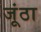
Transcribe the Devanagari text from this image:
जूंठा